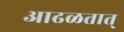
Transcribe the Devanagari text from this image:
आढळतात्